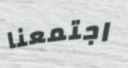
اجتمعنا